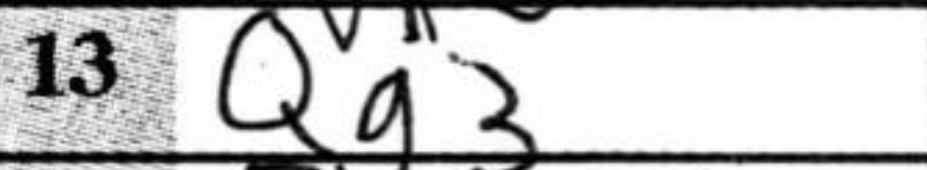
Transcription: Qg3